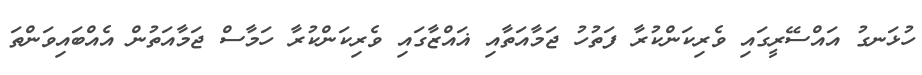
ހުޅަނގު އައްސޭރީގައި ވެރިކަންކުރާ ފަތުހު ޖަމާއަތާއި ޣައްޒާގައި ވެރިކަންކުރާ ހަމާސް ޖަމާއަތުން އެއްބައިވަންތަ